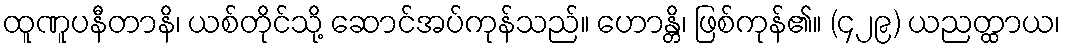
ထူဏူပနီတာနိ၊ ယစ်တိုင်သို့ ဆောင်အပ်ကုန်သည်။ ဟောန္တိ၊ ဖြစ်ကုန်၏။ (၄၂၉) ယညတ္ထာယ၊